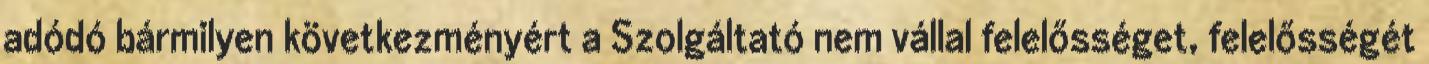
adódó bármilyen következményért a Szolgáltató nem vállal felelősséget, felelősségét